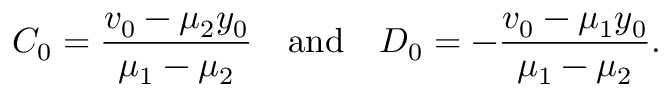
C _ { 0 } = \frac { v _ { 0 } - \mu _ { 2 } y _ { 0 } } { \mu _ { 1 } - \mu _ { 2 } } ~ ~ ~ \mathrm { a n d } ~ ~ ~ D _ { 0 } = - \frac { v _ { 0 } - \mu _ { 1 } y _ { 0 } } { \mu _ { 1 } - \mu _ { 2 } } .